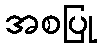
အစပြု